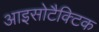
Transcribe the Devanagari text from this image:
आइसोटैक्टिक